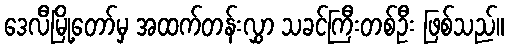
ဒေလီမြို့တော်မှ အထက်တန်းလွှာ သခင်ကြီးတစ်ဦး ဖြစ်သည်။